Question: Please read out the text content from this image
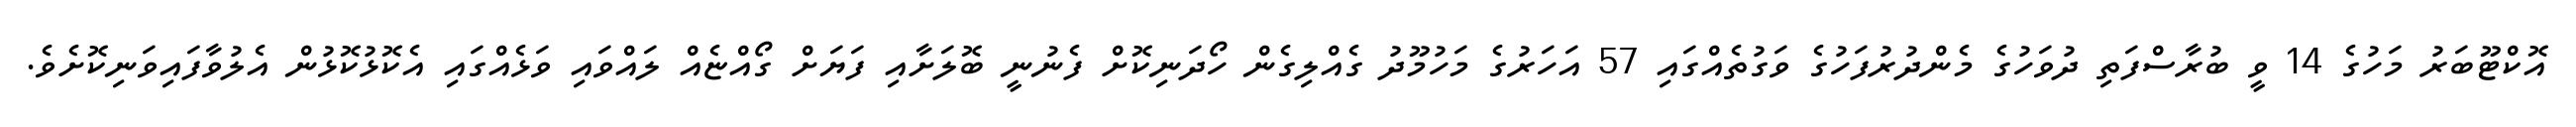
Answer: އޮކްޓޫބަރު މަހުގެ 14 ވީ ބުރާސްފަތި ދުވަހުގެ މެންދުރުފަހުގެ ވަގުތެއްގައި 57 އަހަރުގެ މަހުމޫދު ގެއްލިގެން ހޯދަނިކޮށް ފެނުނީ ބޮލަށާއި ފަޔަށް ގޯއްޏެއް ލައްވައި ވަޅެއްގައި އެކޮޅުކޮޅުން އެލުވާފައިވަނިކޮށެވެ.